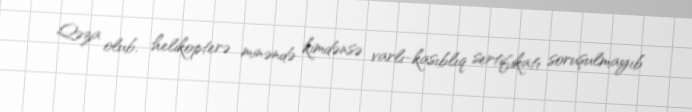
Qəza olub, helikopterə minəndə kimdənsə varlı-kasıblıq sertifikatı soruşulmayıb